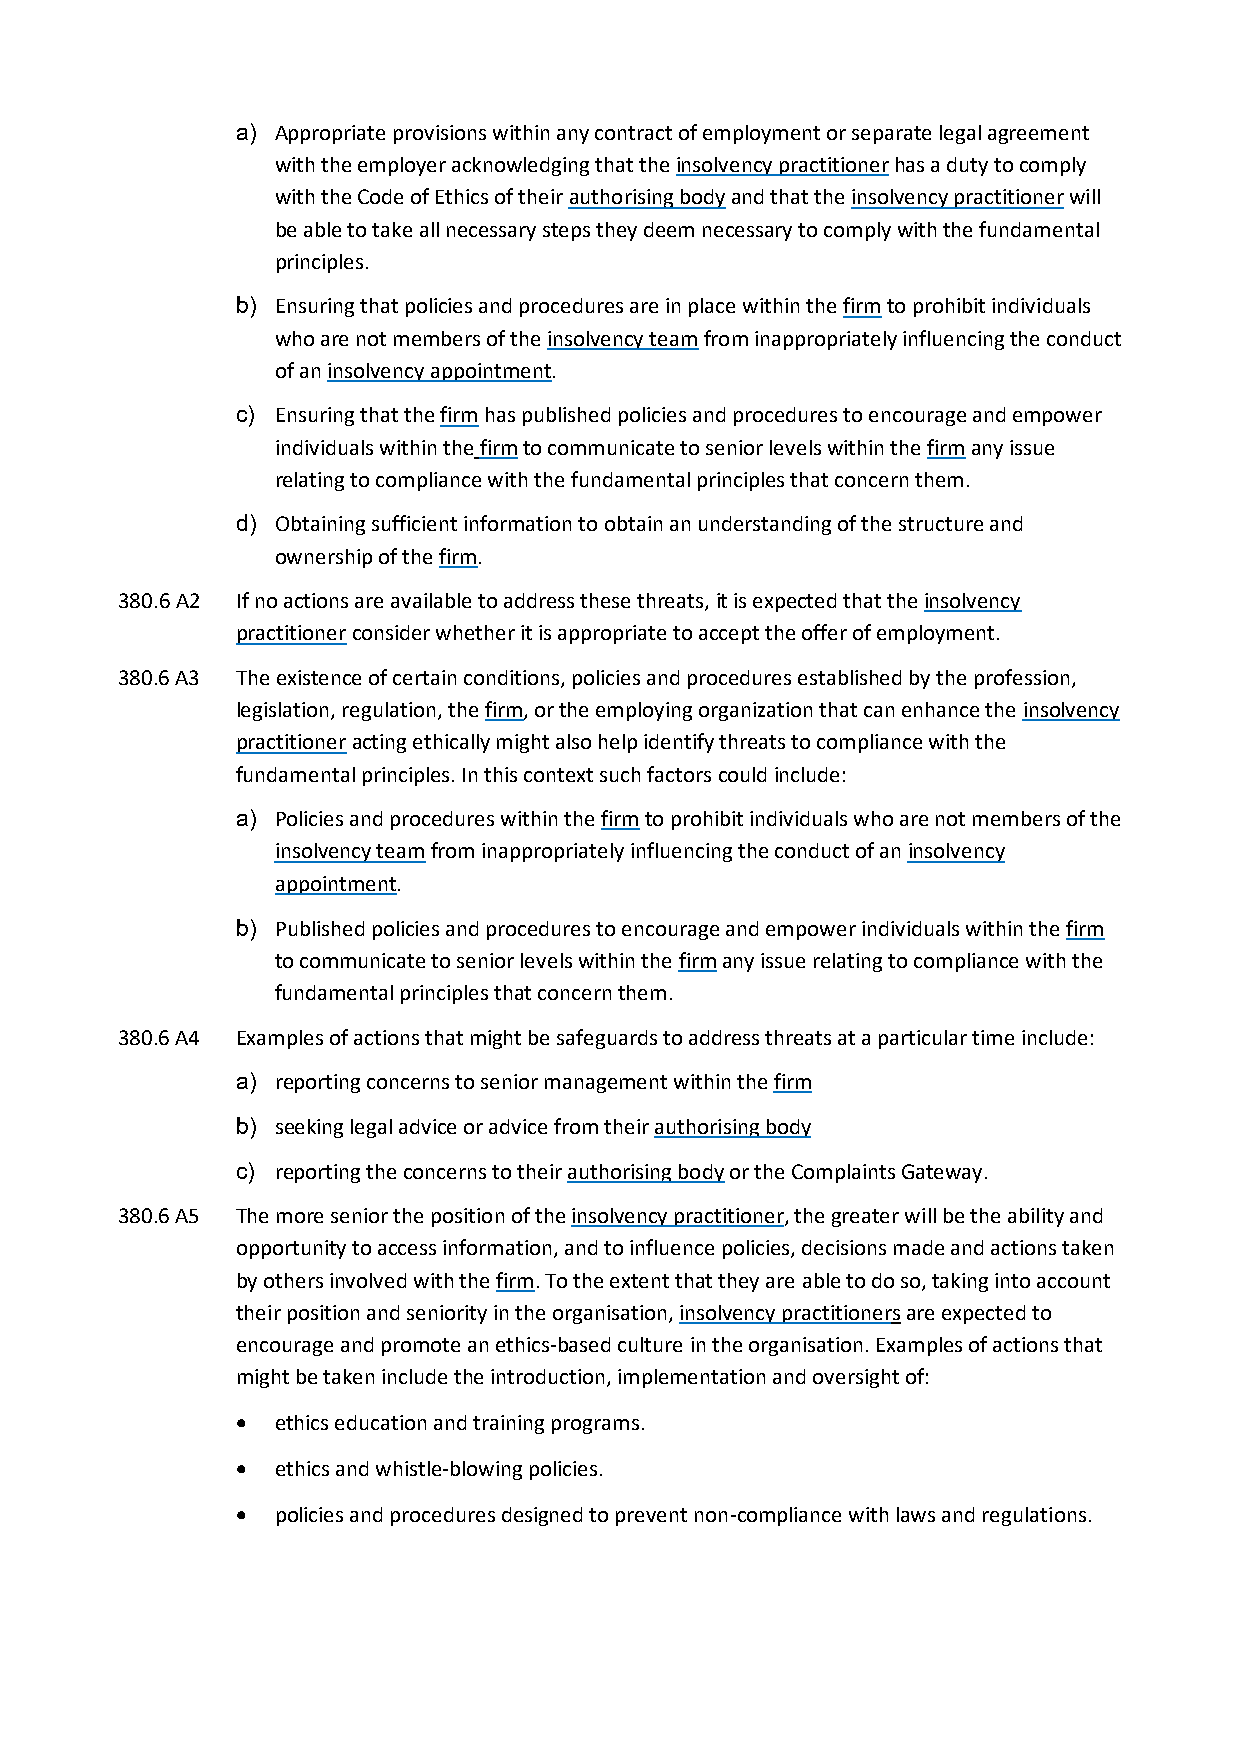
a) Appropriate provisions within any contract of employment or separate legal agreement
 with the employer acknowledging that the insolvency practitioner has a duty to comply
 with the Code of Ethics of their authorising body and that the insolvency practitioner will
 be able to take all necessary steps they deem necessary to comply with the fundamental
 principles.
 b) Ensuring that policies and procedures are in place within the firm to prohibit individuals
 who are not members of the insolvency team from inappropriately influencing the conduct
 of an insolvency appointment.
 c) Ensuring that the firm has published policies and procedures to encourage and empower
 individuals within the firm to communicate to senior levels within the firm any issue
 relating to compliance with the fundamental principles that concern them.
 d) Obtaining sufficient information to obtain an understanding of the structure and
 ownership of the firm.
 380.6 A2 If no actions are available to address these threats, it is expected that the insolvency
 practitioner consider whether it is appropriate to accept the offer of employment.
 380.6 A3 The existence of certain conditions, policies and procedures established by the profession,
 legislation, regulation, the firm, or the employing organization that can enhance the insolvency
 practitioner acting ethically might also help identify threats to compliance with the
 fundamental principles. In this context such factors could include:
 a) Policies and procedures within the firm to prohibit individuals who are not members of the
 insolvency team from inappropriately influencing the conduct of an insolvency
 appointment.
 b) Published policies and procedures to encourage and empower individuals within the firm
 to communicate to senior levels within the firm any issue relating to compliance with the
 fundamental principles that concern them.
 380.6 A4 Examples of actions that might be safeguards to address threats at a particular time include:
 a) reporting concerns to senior management within the firm
 b) seeking legal advice or advice from their authorising body
 c) reporting the concerns to their authorising body or the Complaints Gateway.
 380.6 A5 The more senior the position of the insolvency practitioner, the greater will be the ability and
 opportunity to access information, and to influence policies, decisions made and actions taken
 by others involved with the firm. To the extent that they are able to do so, taking into account
 their position and seniority in the organisation, insolvency practitioners are expected to
 encourage and promote an ethics-based culture in the organisation. Examples of actions that
 might be taken include the introduction, implementation and oversight of:
 • ethics education and training programs.
 • ethics and whistle-blowing policies.
 • policies and procedures designed to prevent non-compliance with laws and regulations.